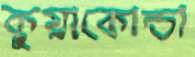
কুয়াকোন্ডা